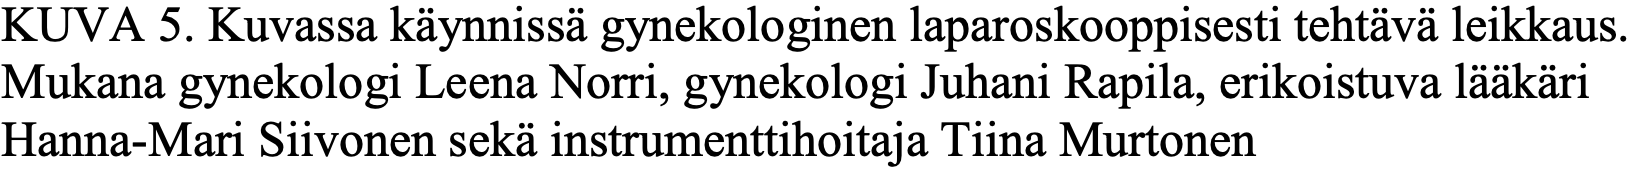
KUVA  5. Kuvassa käynnissä gynekologinen laparoskooppisesti tehtävä leikkaus. Mukana gynekologi Leena Norri, gynekologi Juhani Rapila, erikoistuva lääkäri Hanna-Mari Siivonen sekä instrumenttihoitaja Tiina Murtonen